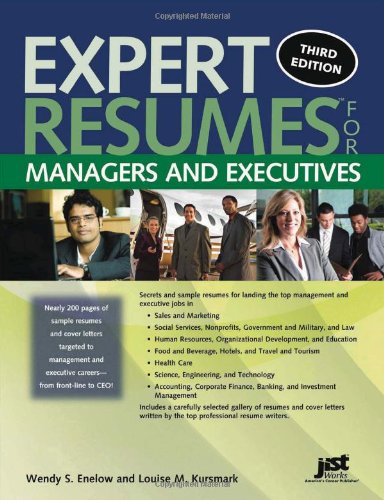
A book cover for Expert Resumes for Managers and Executives, 3rd Ed; Wendy Enelow; Business & Money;